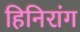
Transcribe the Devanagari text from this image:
हिनिरांग